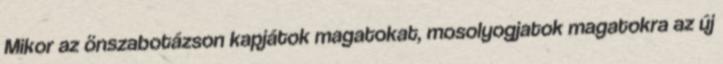
Mikor az önszabotázson kapjátok magatokat, mosolyogjatok magatokra az új